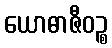
ယောဓာဇီဝဉ္စ